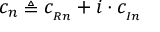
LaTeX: c _ { n } \triangleq c _ { _ { R n } } + i \cdot c _ { _ { I n } }